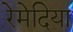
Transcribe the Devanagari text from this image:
रेमेदिया